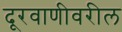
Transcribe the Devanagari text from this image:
दूरवाणीवरील